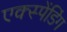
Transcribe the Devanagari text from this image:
एक्स्पेंडिंग